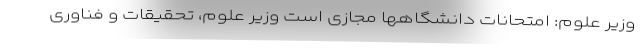
وزیر علوم: امتحانات دانشگاهها مجازی است وزیر علوم، تحقیقات و فناوری